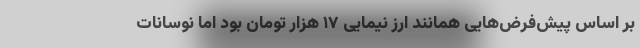
بر اساس پیش‌فرض‌هایی همانند ارز نیمایی ۱۷ هزار تومان بود اما نوسانات